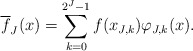
\begin{align*}\overline{f}_J(x) = \sum_{k=0}^{2^J-1} f(x_{J,k}) \varphi_{J,k}(x).\end{align*}